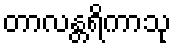
တာလန္တရိကာသု